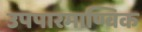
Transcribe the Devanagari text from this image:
उपपारमाण्विक